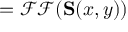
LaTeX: = { \mathcal { F F } } ( \mathbf { S } ( x , y ) )